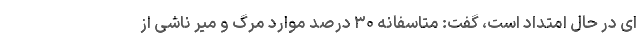
ای در حال امتداد است، گفت: متاسفانه ۳۰ درصد موارد مرگ و میر ناشی از